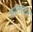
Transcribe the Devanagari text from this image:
आलस्टाट